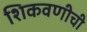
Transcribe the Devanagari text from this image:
शिकवणीची